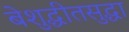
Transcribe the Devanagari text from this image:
बेशुद्धीतसुद्धा